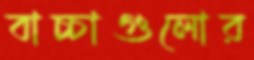
বাচ্চাগুলোর